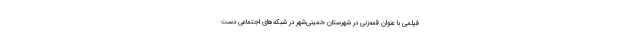
فیلمی با عنوان قمه‌زنی در شهرستان خمینی‌شهر در شبکه‌های اجتماعی دست